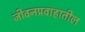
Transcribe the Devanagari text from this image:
जीवनप्रवाहातील